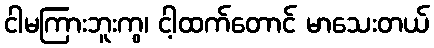
ငါမကြားဘူးကွ၊ ငါ့ထက်တောင် မာသေးတယ်